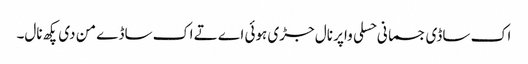
اک ساڈی جسمانی حسلی واپر نال جڑی ہوئی اے تے اک ساڈے من دی پکھ نال۔